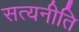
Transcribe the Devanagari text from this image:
सत्यनीति